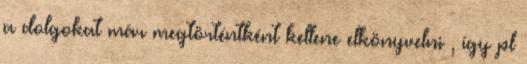
a dolgokat már megtörténtként kellene elkönyvelni , így pl